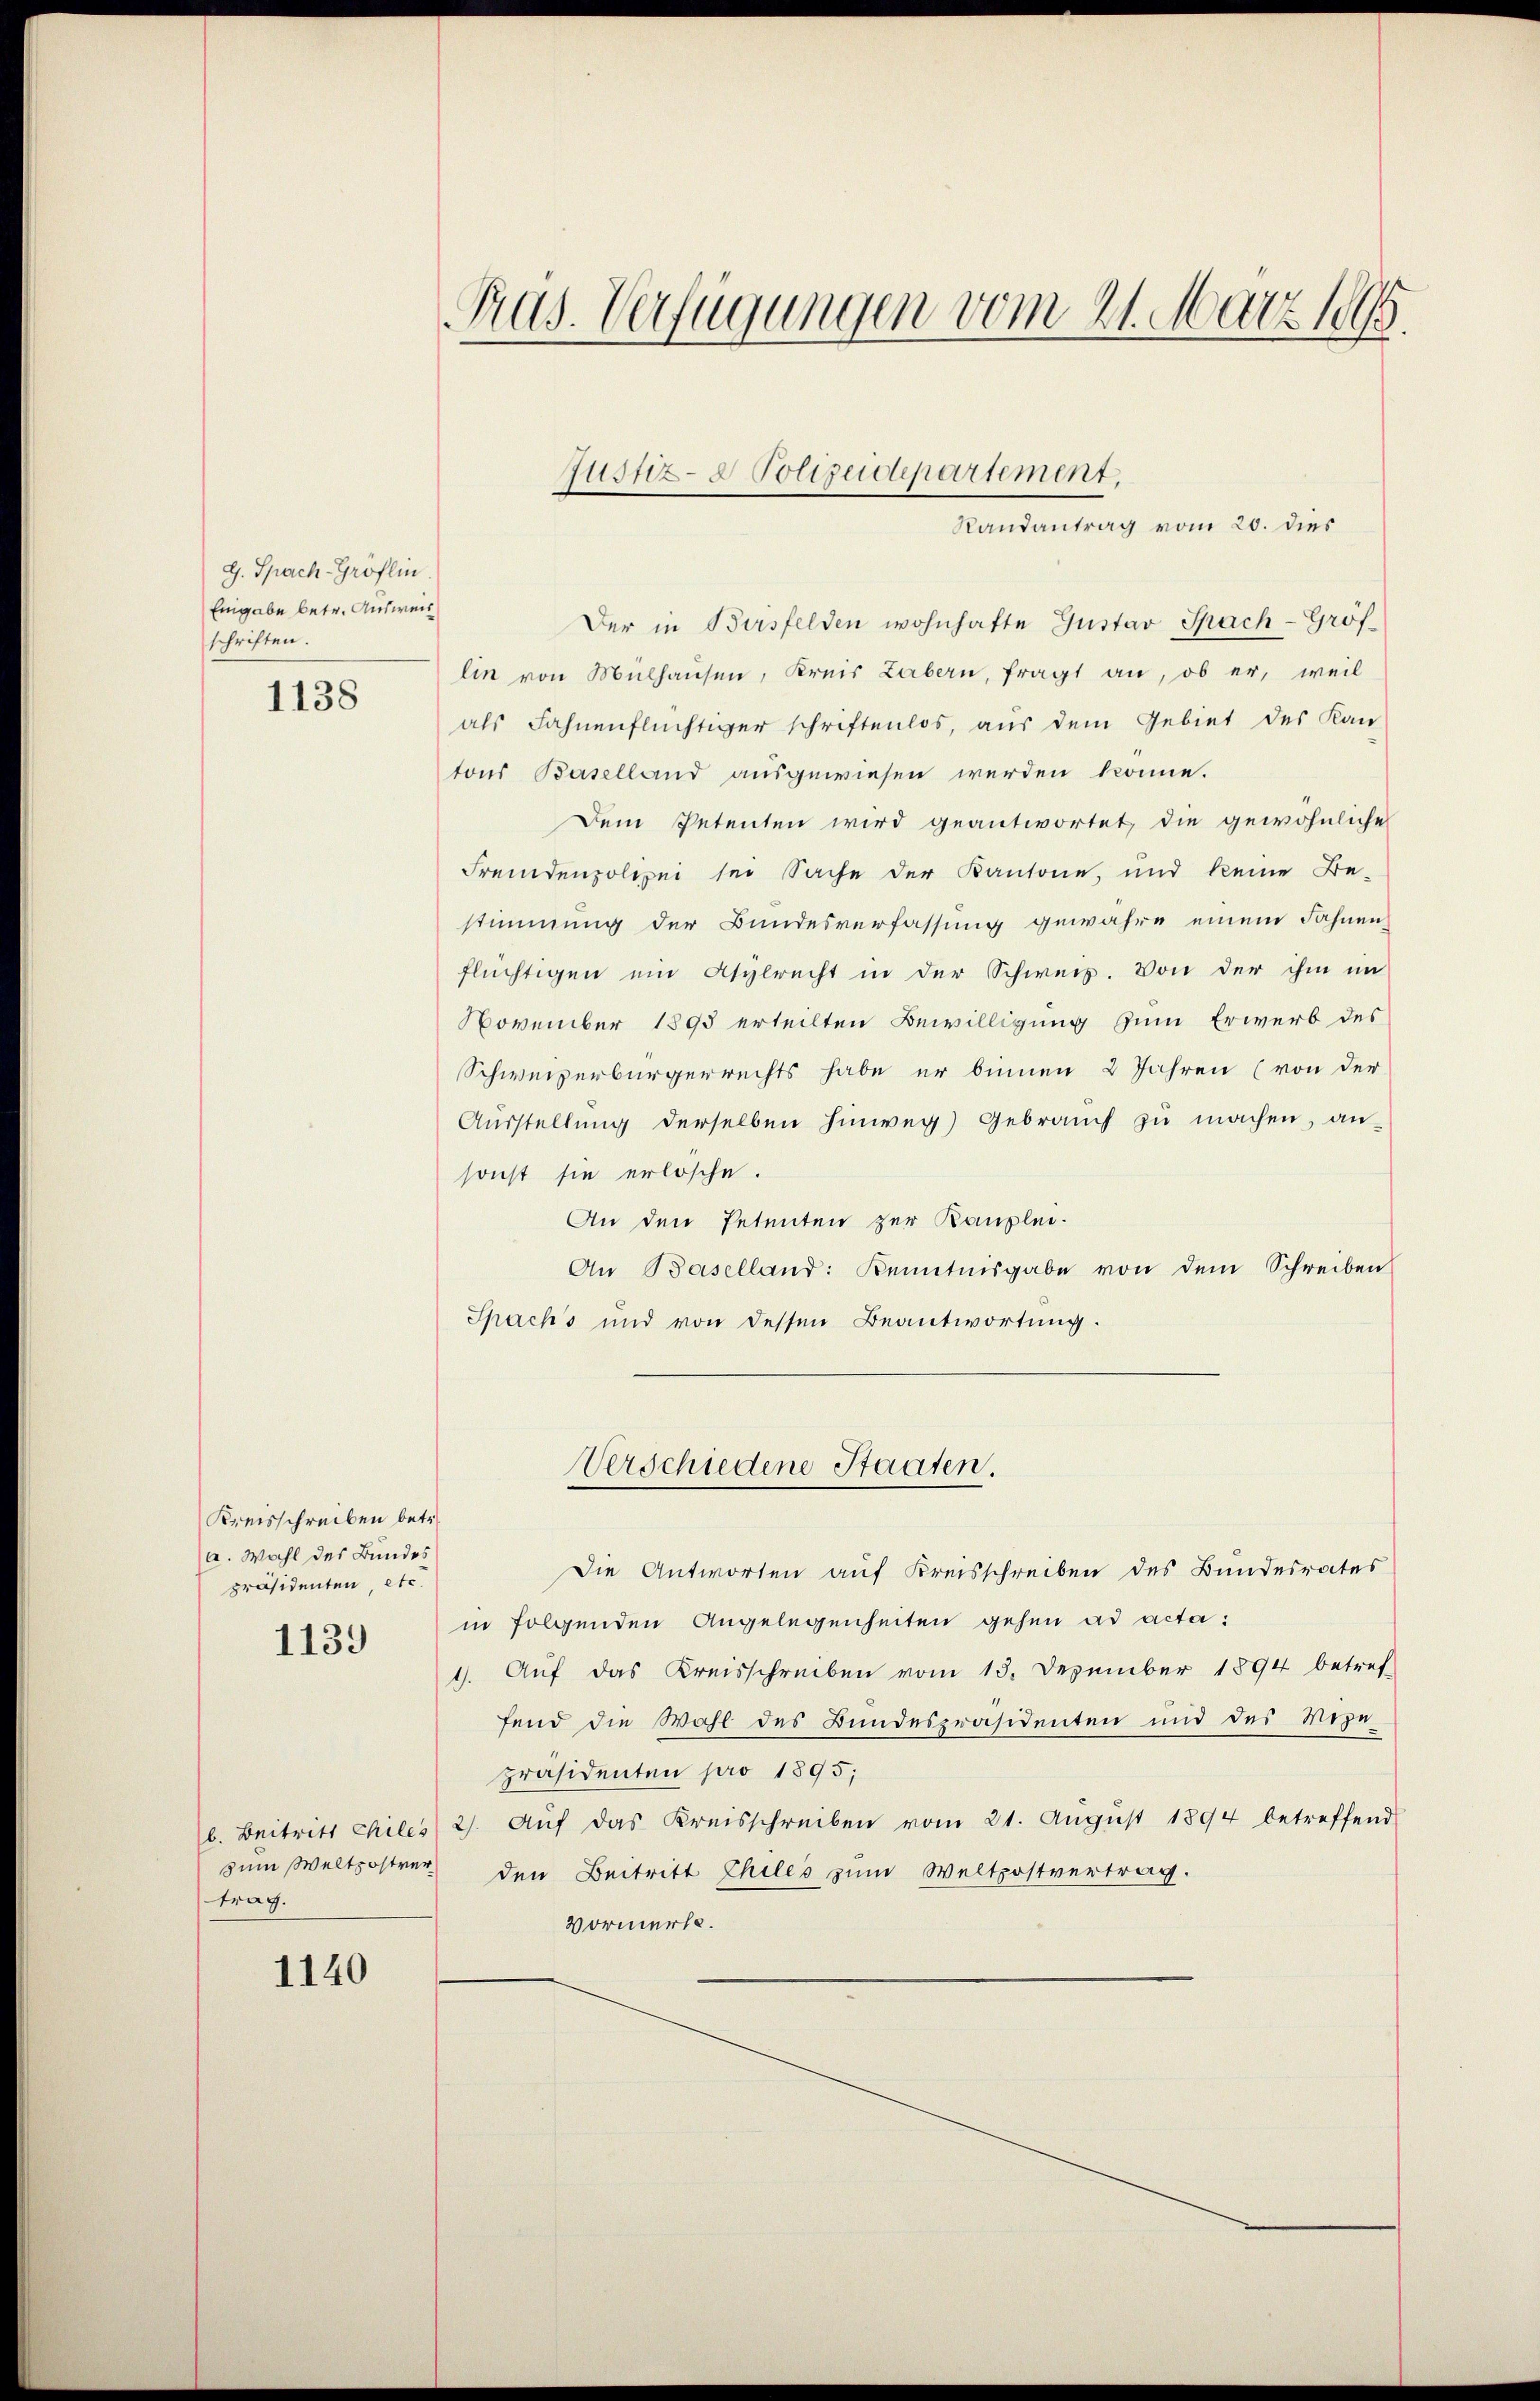
G. Spach Gröflin
Eingabe betr. Ausweis
schriften.

1138

Kreisschreiben betr.
a. Wahl des Bundes
präsidenten, etc.

1139

b. Beitritt chiles
zum Weltzostvertrag.

1140

Pras. Verfügungen vom 21. März 1895.

Der in Beisfelden wohnhafte Gustav Sach-Gröf-
lin von Mülhausen, Kreis Labern, fragt an, ob er, weil
als Fahnenflüchtiger schriftenlos, aus dem Gebiet des Kan
tons Baselland ausgewiesen werden könne.
Dem Petenten wird geantwortet, die gewöhnliche
Fremdenpolizei sei Sache der Kantone, und keine Be-
stimmung der Bundesverfassung gewahre einem Fahnen
flüchtigen ein Asylrecht in der Schweiz. Von der ihm im
November 1895 erteilten Bewilligung zum Erwerb des
Schweizerbürgerrechts habe er binnen 2 Jahren (von der
Aŭsstellŭng derselben hinweg Gebrauch zŭ machen, an-
sonst sie erlosche.
An den Petenten zur Kanzlei-
An Baselland: Kenntnisgabe von dem Schreiben
Spacks und von dessen Beantwortung.

Die Antworten auf Kreisschreiben des Bundesrates
in folgenden Angelegenheiten gehen ad acta:
1. Auf das Kreisschreiben vom 13. Dezember 1894 betref-
fend die Wohl des Bundespräsidenten und des Wege-
präsidenten pro 1895;
2). Auf das Kreisschreiben vom 21. August 1894 betreffend
den Beitritt Chiles zum Weltpostvertrag.
Vormerkt.

Justiz- & Polizeidepartement.
Randantrag vom 20. dies

Verschiedene Staaten